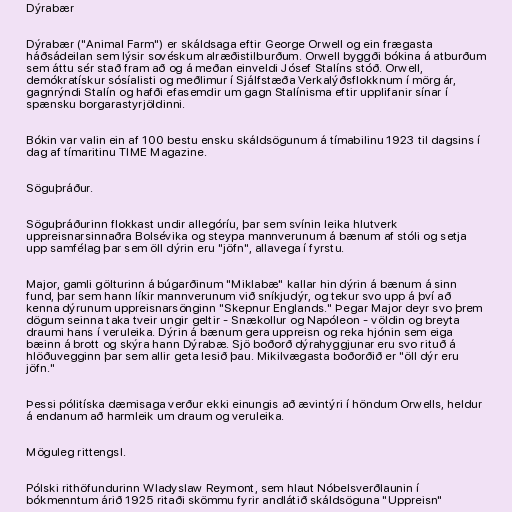
Dýrabær

Dýrabær ("Animal Farm") er skáldsaga eftir George Orwell og ein frægasta
háðsádeilan sem lýsir sovéskum alræðistilburðum. Orwell byggði bókina á atburðum
sem áttu sér stað fram að og á meðan einveldi Jósef Stalíns stóð. Orwell,
demókratískur sósíalisti og meðlimur í Sjálfstæða Verkalýðsflokknum í mörg ár,
gagnrýndi Stalín og hafði efasemdir um gagn Stalínisma eftir upplifanir sínar í
spænsku borgarastyrjöldinni.

Bókin var valin ein af 100 bestu ensku skáldsögunum á tímabilinu 1923 til dagsins í
dag af tímaritinu TIME Magazine.

Söguþráður.

Söguþráðurinn flokkast undir allegóríu, þar sem svínin leika hlutverk
uppreisnarsinnaðra Bolsévika og steypa mannverunum á bænum af stóli og setja
upp samfélag þar sem öll dýrin eru "jöfn", allavega í fyrstu.

Major, gamli gölturinn á búgarðinum "Miklabæ" kallar hin dýrin á bænum á sinn
fund, þar sem hann líkir mannverunum við sníkjudýr, og tekur svo upp á því að
kenna dýrunum uppreisnarsönginn "Skepnur Englands." Þegar Major deyr svo þrem
dögum seinna taka tveir ungir geltir - Snækollur og Napóleon - völdin og breyta
draumi hans í veruleika. Dýrin á bænum gera uppreisn og reka hjónin sem eiga
bæinn á brott og skýra hann Dýrabæ. Sjö boðorð dýrahyggjunar eru svo rituð á
hlöðuvegginn þar sem allir geta lesið þau. Mikilvægasta boðorðið er "öll dýr eru
jöfn."

Þessi pólitíska dæmisaga verður ekki einungis að ævintýri í höndum Orwells, heldur
á endanum að harmleik um draum og veruleika.

Möguleg rittengsl.

Pólski rithöfundurinn Wladyslaw Reymont, sem hlaut Nóbelsverðlaunin í
bókmenntum árið 1925 ritaði skömmu fyrir andlátið skáldsöguna "Uppreisn"